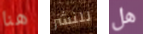
هنا للنشر هل